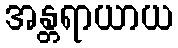
အန္တရာယာယ